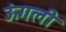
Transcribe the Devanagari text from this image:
ऊंगली